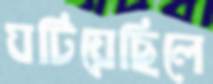
ঘটিয়েছিলে